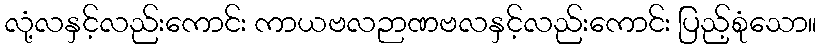
လုံ့လနှင့်လည်းကောင်း ကာယဗလဉာဏဗလနှင့်လည်းကောင်း ပြည့်စုံသော။